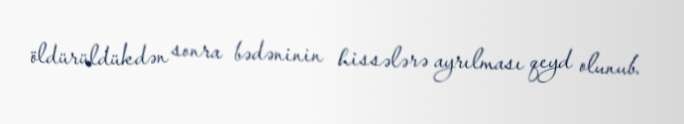
öldürüldükdən sonra bədəninin hissələrə ayrılması qeyd olunub.